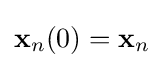
\mathbf {x} _{n}(0)=\mathbf {x} _{n}